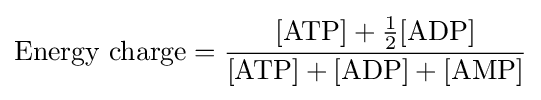
{\mbox{Energy charge}}={\frac {[{\mbox{ATP}}]+{\frac {1}{2}}[{\mbox{ADP}}]}{[{\mbox{ATP}}]+[{\mbox{ADP}}]+[{\mbox{AMP}}]}}